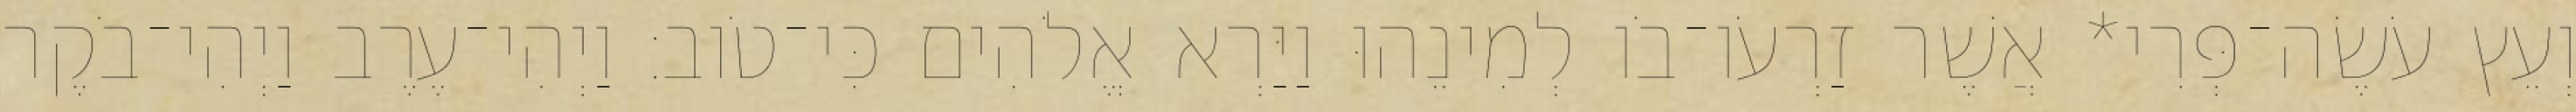
וְעֵץ עֹשֶׂה־פְּרִי* אֲשֶׁר זַרְעֹו־בֹו לְמִינֵהוּ וַיַּרְא אֱלֹהִים כִּי־טֹוב׃ וַיְהִי־עֶרֶב וַיְהִי־בֹקֶר